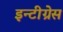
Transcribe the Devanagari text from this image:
इन्टीग्रेस